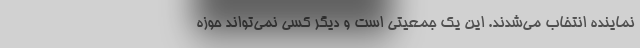
نماینده انتخاب می‌شدند. این یک جمعیتی است و دیگر کسی نمی‌تواند حوزه